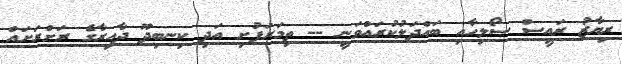
ރިޔާޒު ރައީސް ސޯލިހާއި ބައްދަލުކުރައްވަނީ -- ތިމަރަފުށި އަދި ކިނބިދޫ ދާއިރާގެ ރަށްރަށައް